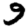
Digit: 9